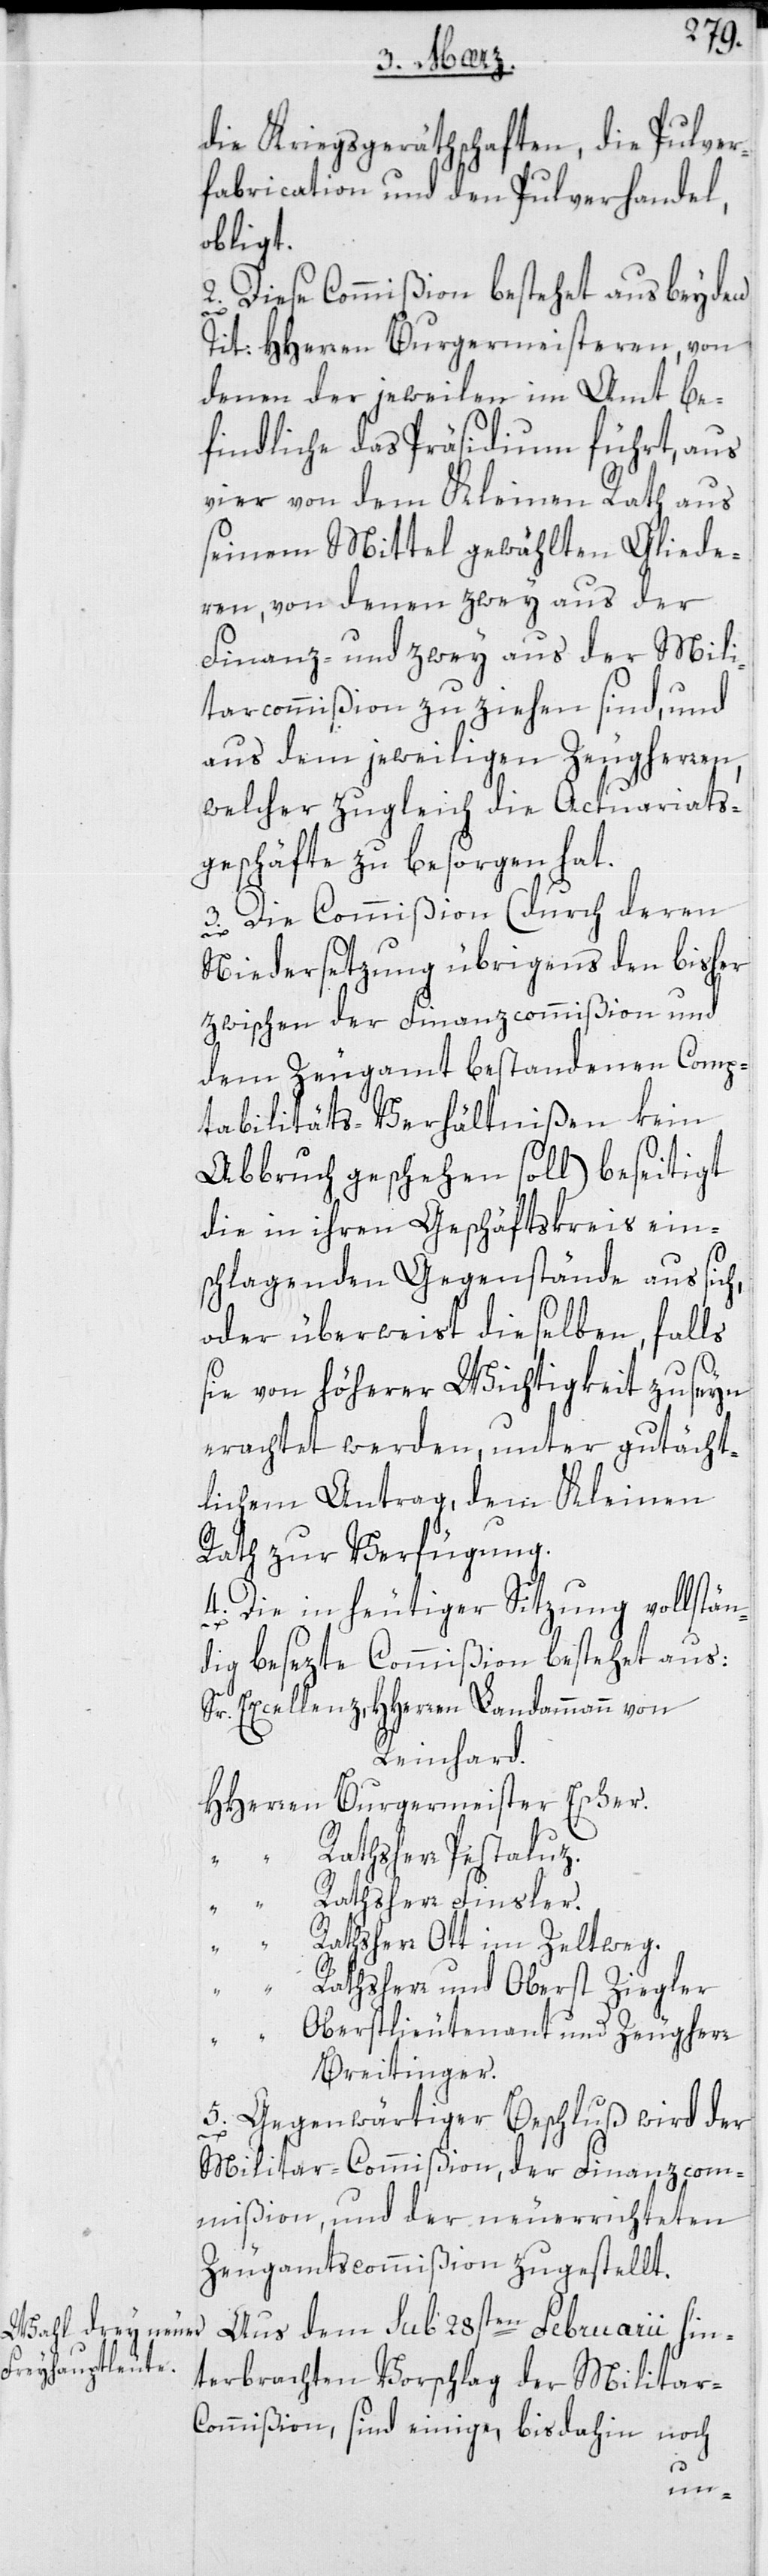
die Kriegsgeräthschaften, die Pulver¬
fabrication und den Pulverhandel,
obligt.
2. Diese Commißion bestehet aus beyden
Tit: HHerren Burgermeisteren, von
denen der jeweilen im Amt be¬
findliche das Präsidium führt, aus
vier von dem Kleinen Rath aus
seinem Mittel gewählten Gliede¬
ren, von denen zwey aus der
Finanz- und zwey aus der Mili¬
tarcommißion zu ziehen sind, und
aus dem jeweiligen Zeugherren,
welcher zugleich die Actuariats¬
geschäfte zu besorgen hat.
3. Die Commißion (durch deren
Niedersetzung übrigens den bisher
zwischen der Finanz-Commißion und
dem Zeugamt bestandenen Comp¬
tabilitäts-Verhältnißen kein
Abbruch geschehen soll) beseitigt
die in ihren Geschäftskreis ein¬
schlagenden Gegenstände aus sich,
oder überweist dieselben, falls
sie von höherer Wichtigkeit zu seyn
erachtet werden, unter gutächt¬
lichem Antrag, dem Kleinen
Rath zur Verfügung.
4. Die in heutiger Sitzung vollstän¬
dig besezte Commißion bestehet aus:
Sr. Excellenz, HHerren Landammann von
Reinhard.
HHerren Burgermeister Escher.
“ “ Rathsherr Pestaluz.
“ “ Rathsherr Finsler.
“ “ Rathsherr Ott im Zeltweg.
“ Rathsherr und Oberst Ziegler
“ “ Oberstlieutenant und Zeugherr
Breitinger.
5. Gegenwärtiger Beschluß wird der
Militar-Commißion, der Finanz-Com¬
mißion und der neu errichteten
Zeugamtscommißion zugestellt.
Aus dem sub 28sten Februarii hin¬
terbrachten Vorschlag der Militar-C¬
ommißion, sind einige, bis dahin noch